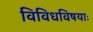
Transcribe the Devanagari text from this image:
विविधविषयाः